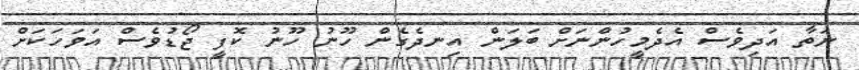
ނަތާ އަދިވެސް އެދެމީހުންނަށް ބަލަން އިނދެގެން ހޫނު ހޫނު ކޮފީ ޖޯޑުވެސް އަވަހަކަށް